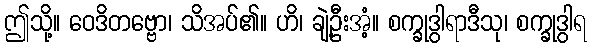
ဤသို့။ ဝေဒိတဗ္ဗော၊ သိအပ်၏။ ဟိ၊ ချဲ့ဦးအံ့။ စက္ခုဒွါရာဒီသု၊ စက္ခုဒွါရ